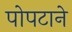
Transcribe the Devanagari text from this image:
पोपटाने